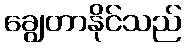
ချွေတာနိုင်သည်